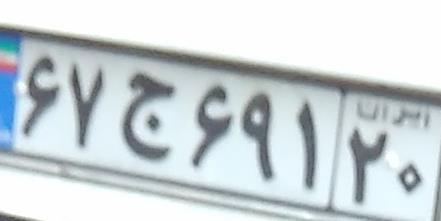
۶۷ج۶۹۱۲۰